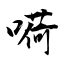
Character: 嗬